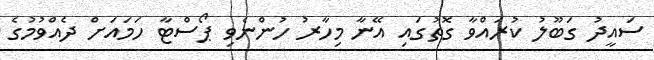
ސައީދު ގަބޫލު ކުރައްވާ ގޮތުގައި އޭނާ މިހާރު ހުންނެވި ޕޯސްޓާ ހަމައަށް ދެއްވުމުގެ